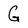
Character: G